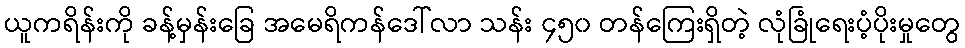
ယူကရိန်းကို ခန့်မှန်းခြေ အမေရိကန်ဒေါ်လာ သန်း ၄၅၀ တန်ကြေးရှိတဲ့ လုံခြုံရေးပံ့ပိုးမှုတွေ